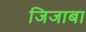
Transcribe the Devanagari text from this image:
जिजाबा